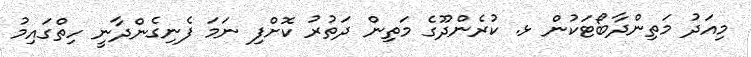
މިއަދު މަތިންދާބޯޓަކުން ޅ. ކުރެންދޫގެ މަތިން ދަތުރު ކޮށްފި ނަމަ ފެނިގެންދާނީ ހިތްގައިމު